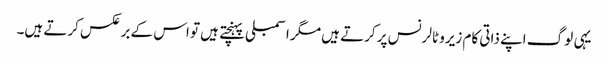
یہی لوگ اپنے ذاتی کام زیرو ٹالرنس پر کرتے ہیں مگر اسمبلی پہنچتے ہیں تو اس کے برعکس کرتے ہیں۔